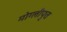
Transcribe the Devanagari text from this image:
मोग्लीपुत्त